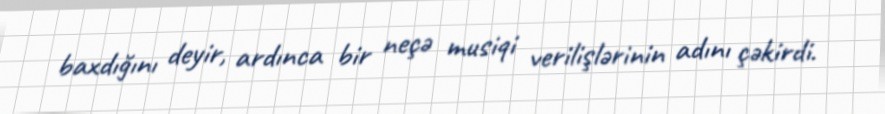
baxdığını deyir, ardınca bir neçə musiqi verilişlərinin adını çəkirdi.